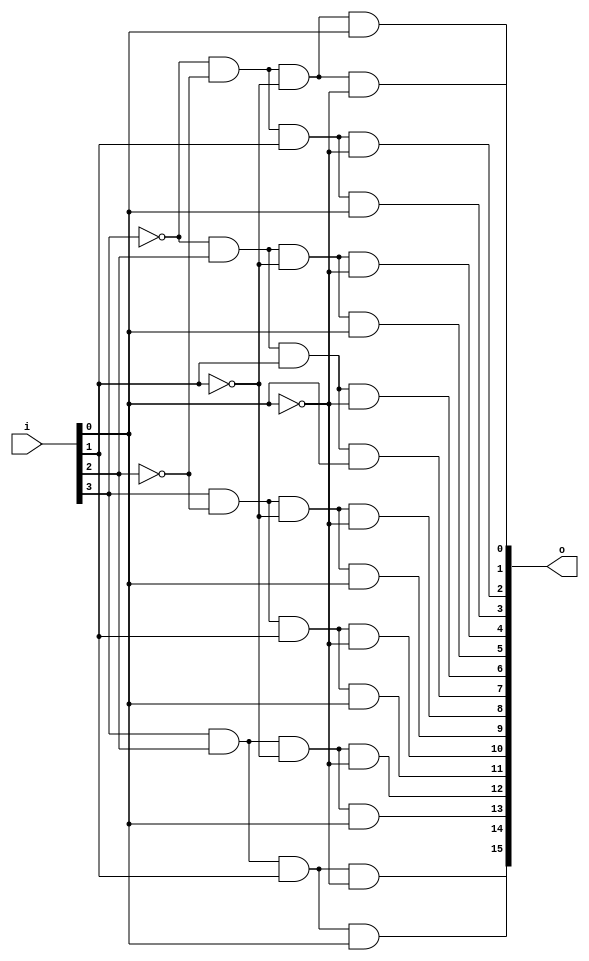
`timescale 1 ns/1 ns
module decoder4x16(
	input [3:0]i ,
	output [15:0]o
    );
	 wire i3 , i2 , i1 , i0;
	 assign i3 = ~i[3];
	 assign i2 = ~i[2];
	 assign i1 = ~i[1];
	 assign i0 = ~i[0];
	 
	 and
	 de0(o[0] , i3 , i2 , i1 , i0),
	 de1(o[1] , i3 , i2 , i1 , i[0]),
	 de2(o[2] , i3 , i2 , i[1] , i0),
	 de3(o[3] , i3 , i2 , i[1] , i[0]),
	 de4(o[4] , i3 , i[2] , i1 , i0),
	 de5(o[5] , i3 , i[2] , i1 , i[0]),
	 de6(o[6] , i3 , i[2] , i[1] , i0),
	 de7(o[7] , i3 , i[2] , i[1] , i[0]),
	 de8(o[8] , i[3] , i2 , i1 , i0),
	 de9(o[9] , i[3] , i2 , i1 , i[0]),
	 de10(o[10] , i[3] , i2 , i[1] , i0),
	 de11(o[11] , i[3] , i2 , i[1] , i[0]),
	 de12(o[12] , i[3] , i[2] , i1 , i0),
	 de13(o[13] , i[3] , i[2] , i1 , i[0]),
	 de14(o[14] , i[3] , i[2] , i[1] , i0),
	 de15(o[15] , i[3] , i[2] , i[1] , i[0]);
	 
endmodule